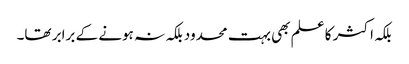
بلکہ اکثر کا علم بھی بہت محدود بلکہ نہ ہونے کے برابر تھا۔